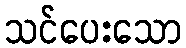
သင်ပေးသော